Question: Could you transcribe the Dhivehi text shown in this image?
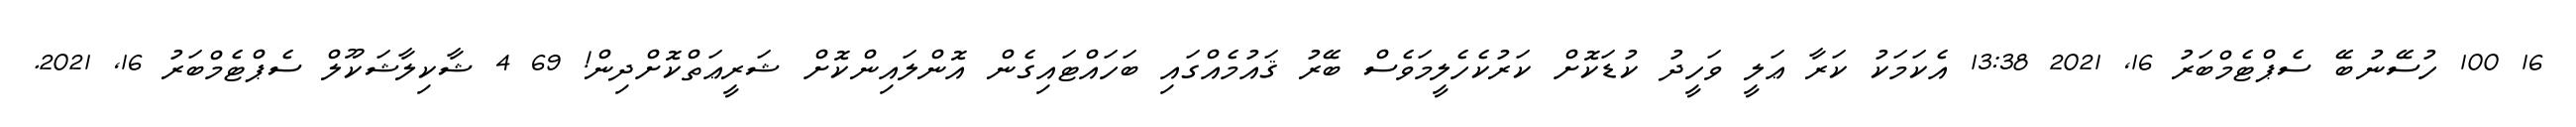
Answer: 16 100 ހުސޭނުބޭ ސެޕްޓެމްބަރު 16, 2021 13:38 އެކަމަކު ކަރާ ޢަލީ ވަހީދު ކުޑަކޮށް ކަރުކެހެލީމަވެސް ބޭރު ޤައުމެއްގައި ބަހައްޓައިގެން އޮންލައިންކޮށް ޝަރީޢަތްކޮށްދިން! 69 4 ޝާކިލާޝަކޫލް ސެޕްޓެމްބަރު 16, 2021.